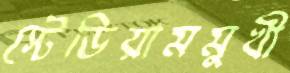
স্টেডিয়ামমুখী